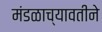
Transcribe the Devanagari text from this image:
मंडळाच्यावतीने